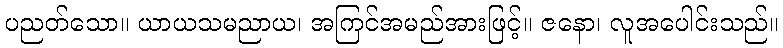
ပညတ်သော။ ယာယသမညာယ၊ အကြင်အမည်အားဖြင့်။ ဇနော၊ လူအပေါင်းသည်။